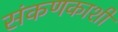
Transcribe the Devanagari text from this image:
संकणकाशी